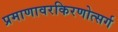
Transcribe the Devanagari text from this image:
प्रमाणावरकिरणोत्सर्ग